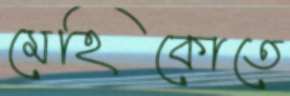
মেহিকোতে